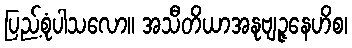
ပြည့်စုံပါသလော။ အသီတိယာအနုဗျဉ္ဇနေဟိစ၊